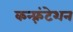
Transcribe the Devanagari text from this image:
कन्फ़्रंटेशन